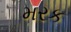
મરક